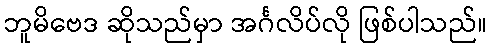
ဘူမိဗေဒ ဆိုသည်မှာ အင်္ဂလိပ်လို ဖြစ်ပါသည်။